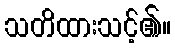
သတိထားသင့်၏။